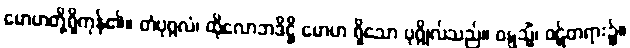
မောဟတို့ရှိကုန်၏။ တံပုဂ္ဂလံ၊ ထိုလောဘဒိဋ္ဌိ မောဟ ရှိသော ပုဂ္ဂိုလ်သည်။ ဝဋ္ဋသ္မိံ၊ ဝဋ်တရား၌။